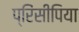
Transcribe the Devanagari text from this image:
प्रिंसीपिया